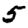
Digit: 5